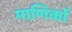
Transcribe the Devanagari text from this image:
माणिकों